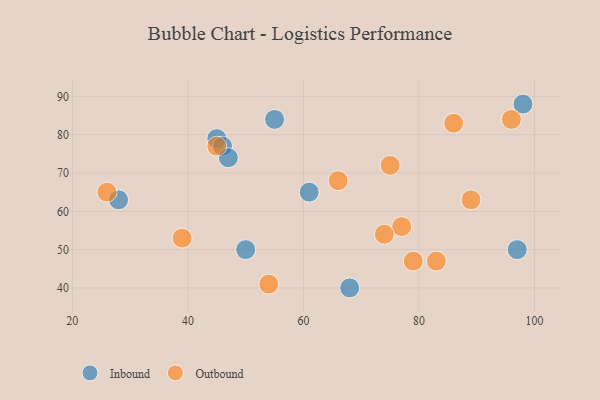
{"axis": {"x": "GDP", "y": "Life Expectancy"}, "legend": ["Inbound", "Outbound"], "data": [{"x": "97", "y": 50, "type": "Inbound"}, {"x": "45", "y": 79, "type": "Inbound"}, {"x": "50", "y": 50, "type": "Inbound"}, {"x": "46", "y": 77, "type": "Inbound"}, {"x": "28", "y": 63, "type": "Inbound"}, {"x": "55", "y": 84, "type": "Inbound"}, {"x": "47", "y": 74, "type": "Inbound"}, {"x": "61", "y": 65, "type": "Inbound"}, {"x": "68", "y": 40, "type": "Inbound"}, {"x": "98", "y": 88, "type": "Inbound"}, {"x": "77", "y": 56, "type": "Outbound"}, {"x": "96", "y": 84, "type": "Outbound"}, {"x": "89", "y": 63, "type": "Outbound"}, {"x": "74", "y": 54, "type": "Outbound"}, {"x": "86", "y": 83, "type": "Outbound"}, {"x": "83", "y": 47, "type": "Outbound"}, {"x": "79", "y": 47, "type": "Outbound"}, {"x": "66", "y": 68, "type": "Outbound"}, {"x": "45", "y": 77, "type": "Outbound"}, {"x": "54", "y": 41, "type": "Outbound"}, {"x": "26", "y": 65, "type": "Outbound"}, {"x": "75", "y": 72, "type": "Outbound"}, {"x": "39", "y": 53, "type": "Outbound"}]}